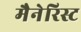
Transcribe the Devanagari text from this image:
मैनेरिस्ट